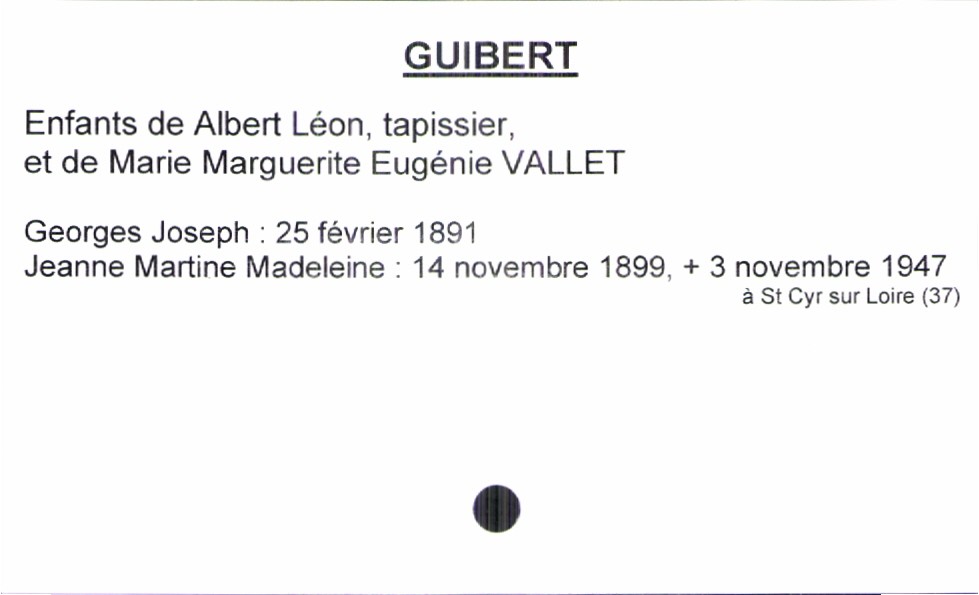
type_acte: Baptême
filiation: fille
enfant_prénom: Jeanne Martine Madeleine
enfant_date_de_naissance: 14 novembre 1899
enfant_date_de_décès: 3 novembre 1947
enfant_lieu_de_décès: Saint Cyr sur Loire (37)
père_enfant_nom: Guibert
père_enfant_prénom: Albert Léon
père_enfant_profession: tapissier
mère_enfant_nom: Vallet
mère_enfant_prénom: Marie Marguerite Eugénie